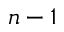
n - 1